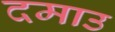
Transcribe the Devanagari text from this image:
दमाउ